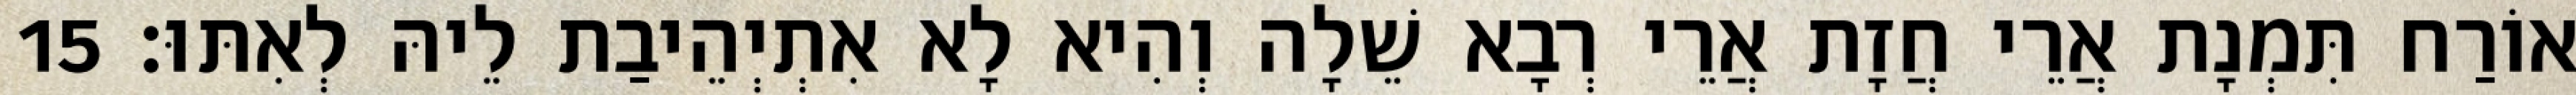
אוֹרַח תִּמְנָת אֲרֵי חֲזָת אֲרֵי רְבָא שֵׁלָה וְהִיא לָא אִתְיְהֵיבַת לֵיהּ לְאִתּוּ׃ 15